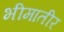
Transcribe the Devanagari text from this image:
भीमातीर